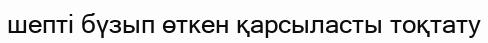
шепті бүзып өткен қарсыласты тоқтату